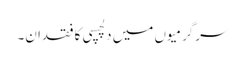
سرگرمیوں میں دلچسپی کا فقدان۔